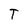
Character: T